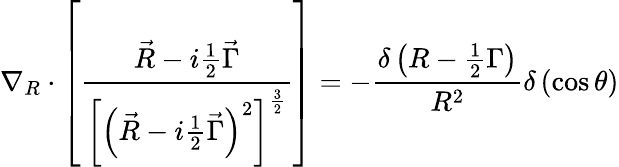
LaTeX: \nabla_{R}\cdot\left[\frac{\vec{R}-i\frac 12\vec{\Gamma}}{\left[\left(\vec{R}-i\frac 12\vec{\Gamma}\right)^{2}\right]^{\frac 32}}\right]=-\frac{\delta\left(R-\frac 12\Gamma\right)}{R^{2}}\delta\left(\cos\theta\right)